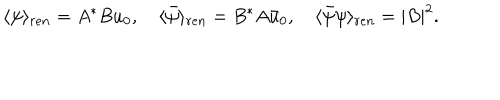
LaTeX: \langle \psi \rangle _ { r e n } = A ^ { * } B u _ { 0 } , \quad \langle \bar { \psi } \rangle _ { r e n } = B ^ { * } A \bar { u } _ { 0 } , \quad \langle \bar { \psi } \psi \rangle _ { r e n } = | B | ^ { 2 } .